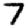
Digit: 7